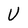
Character: U